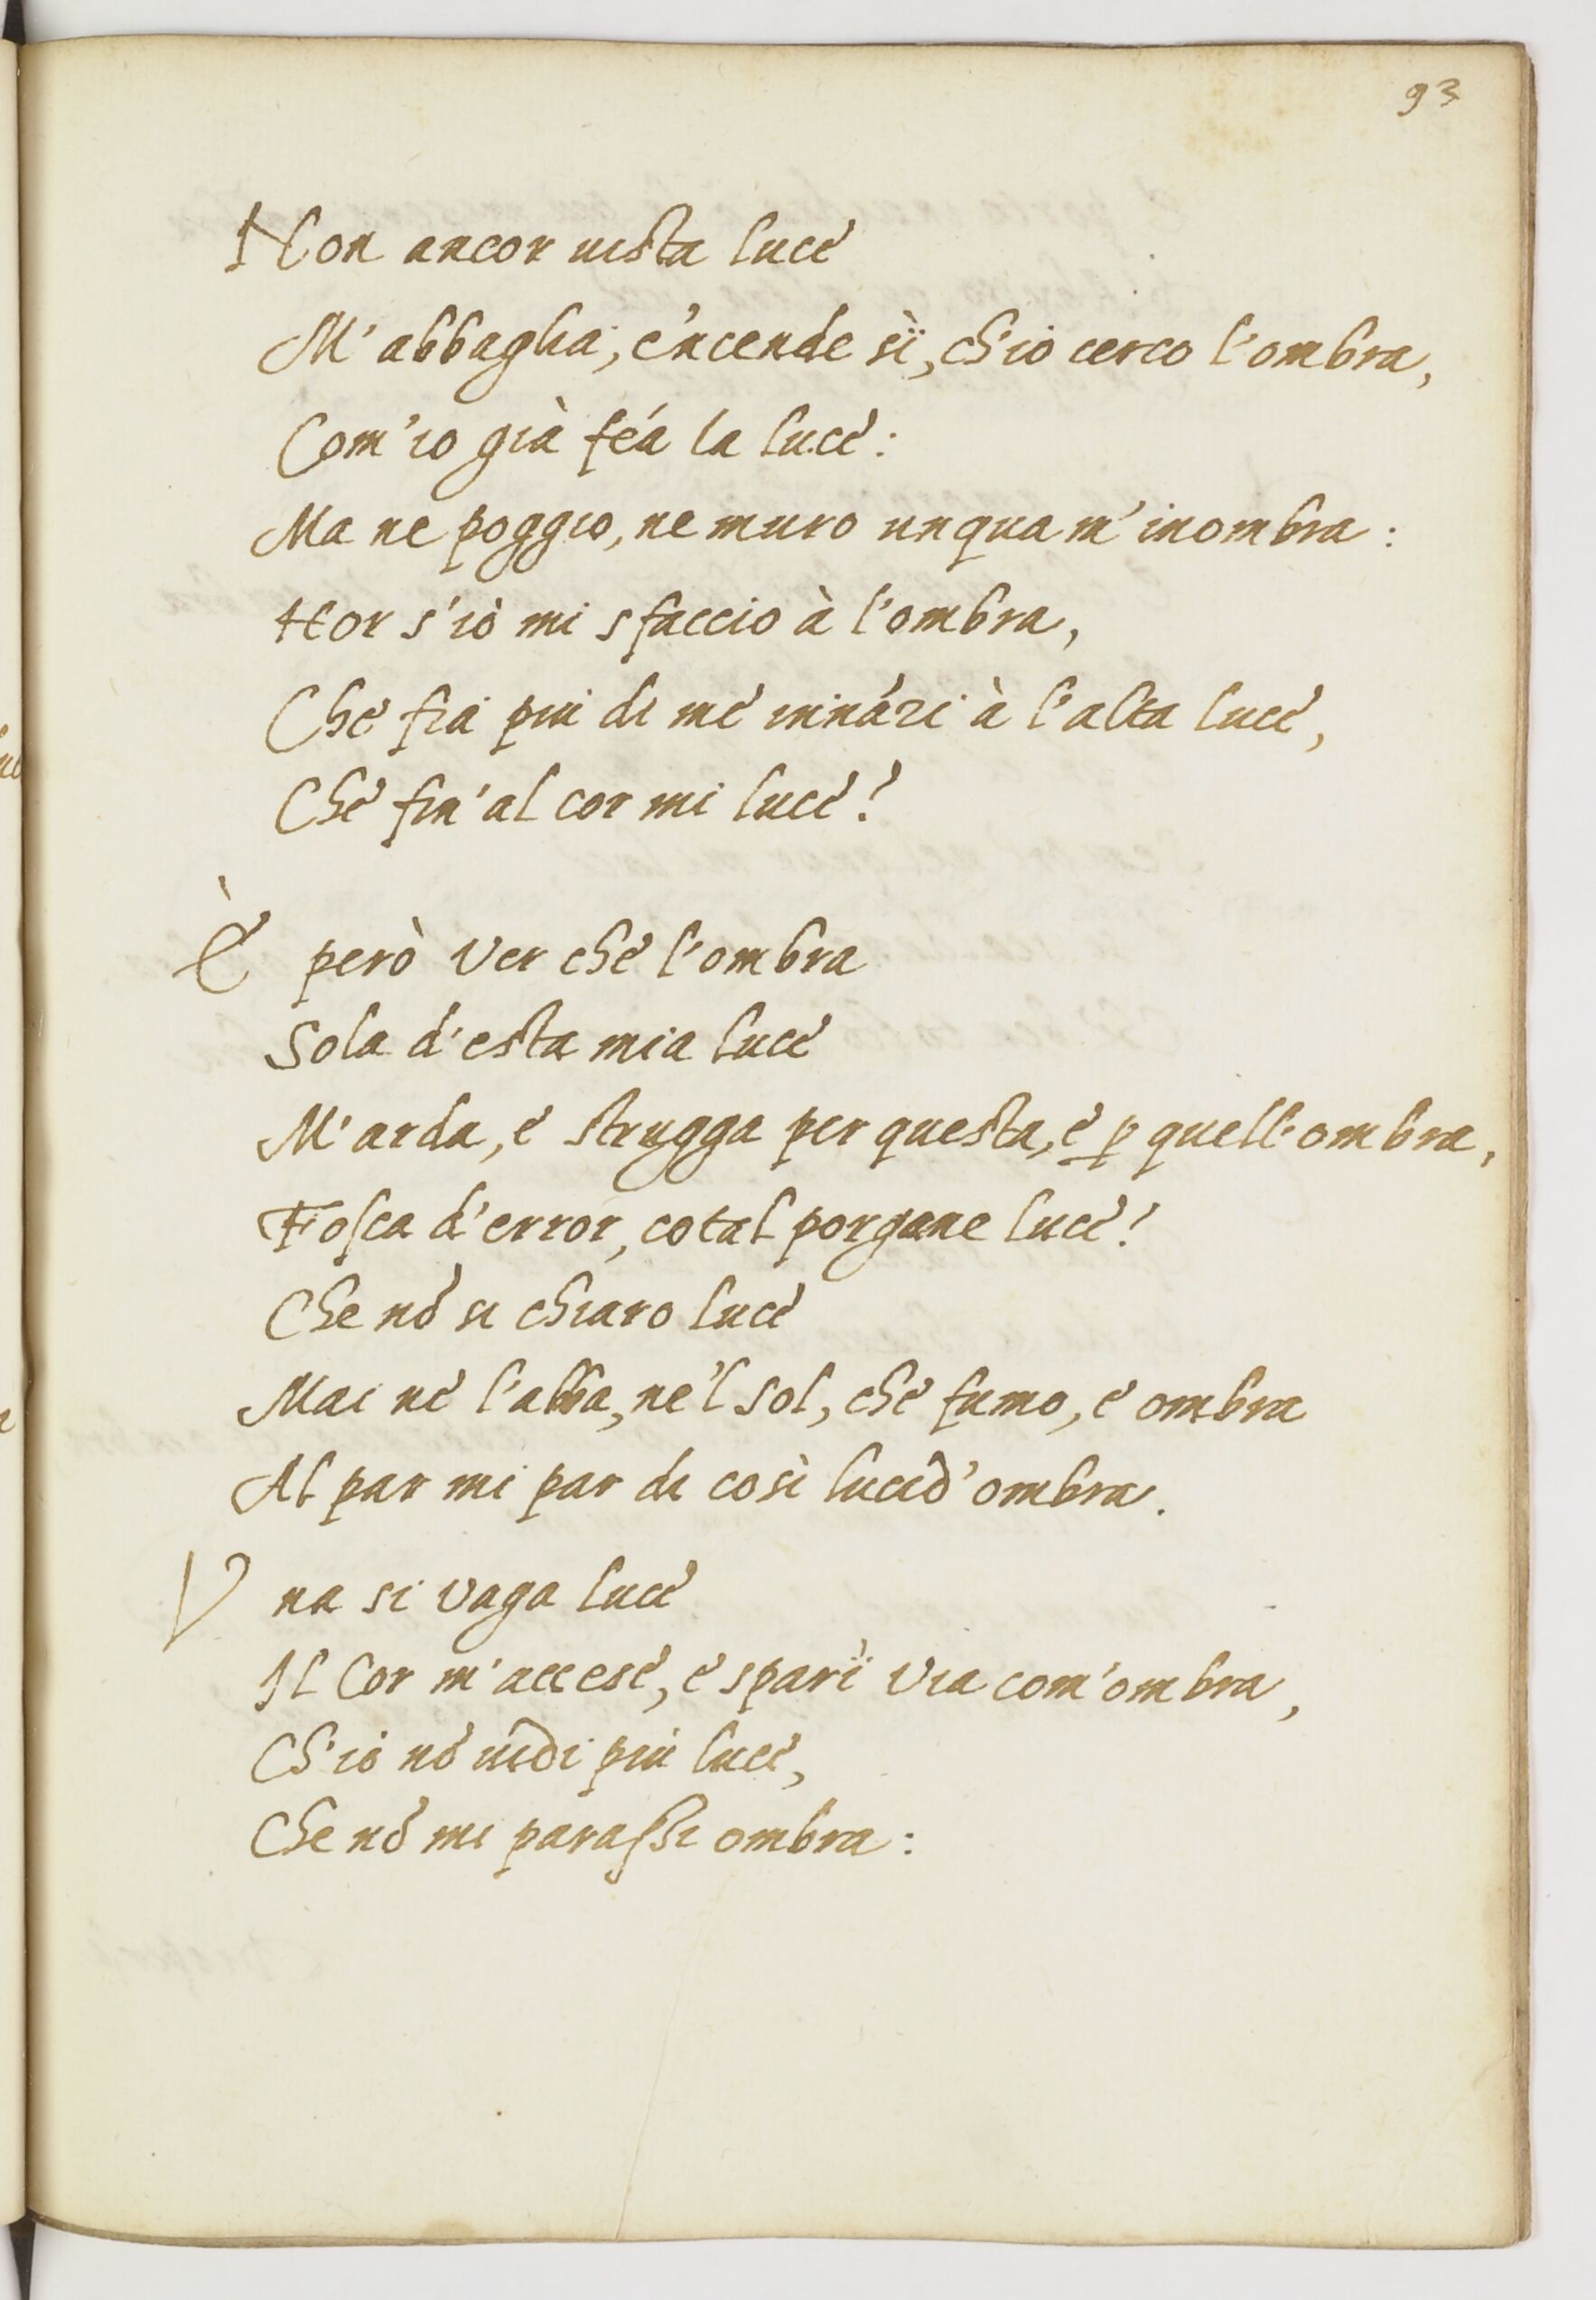
Shelfmark: Paris, BnF, ita. 1534
Century: 16